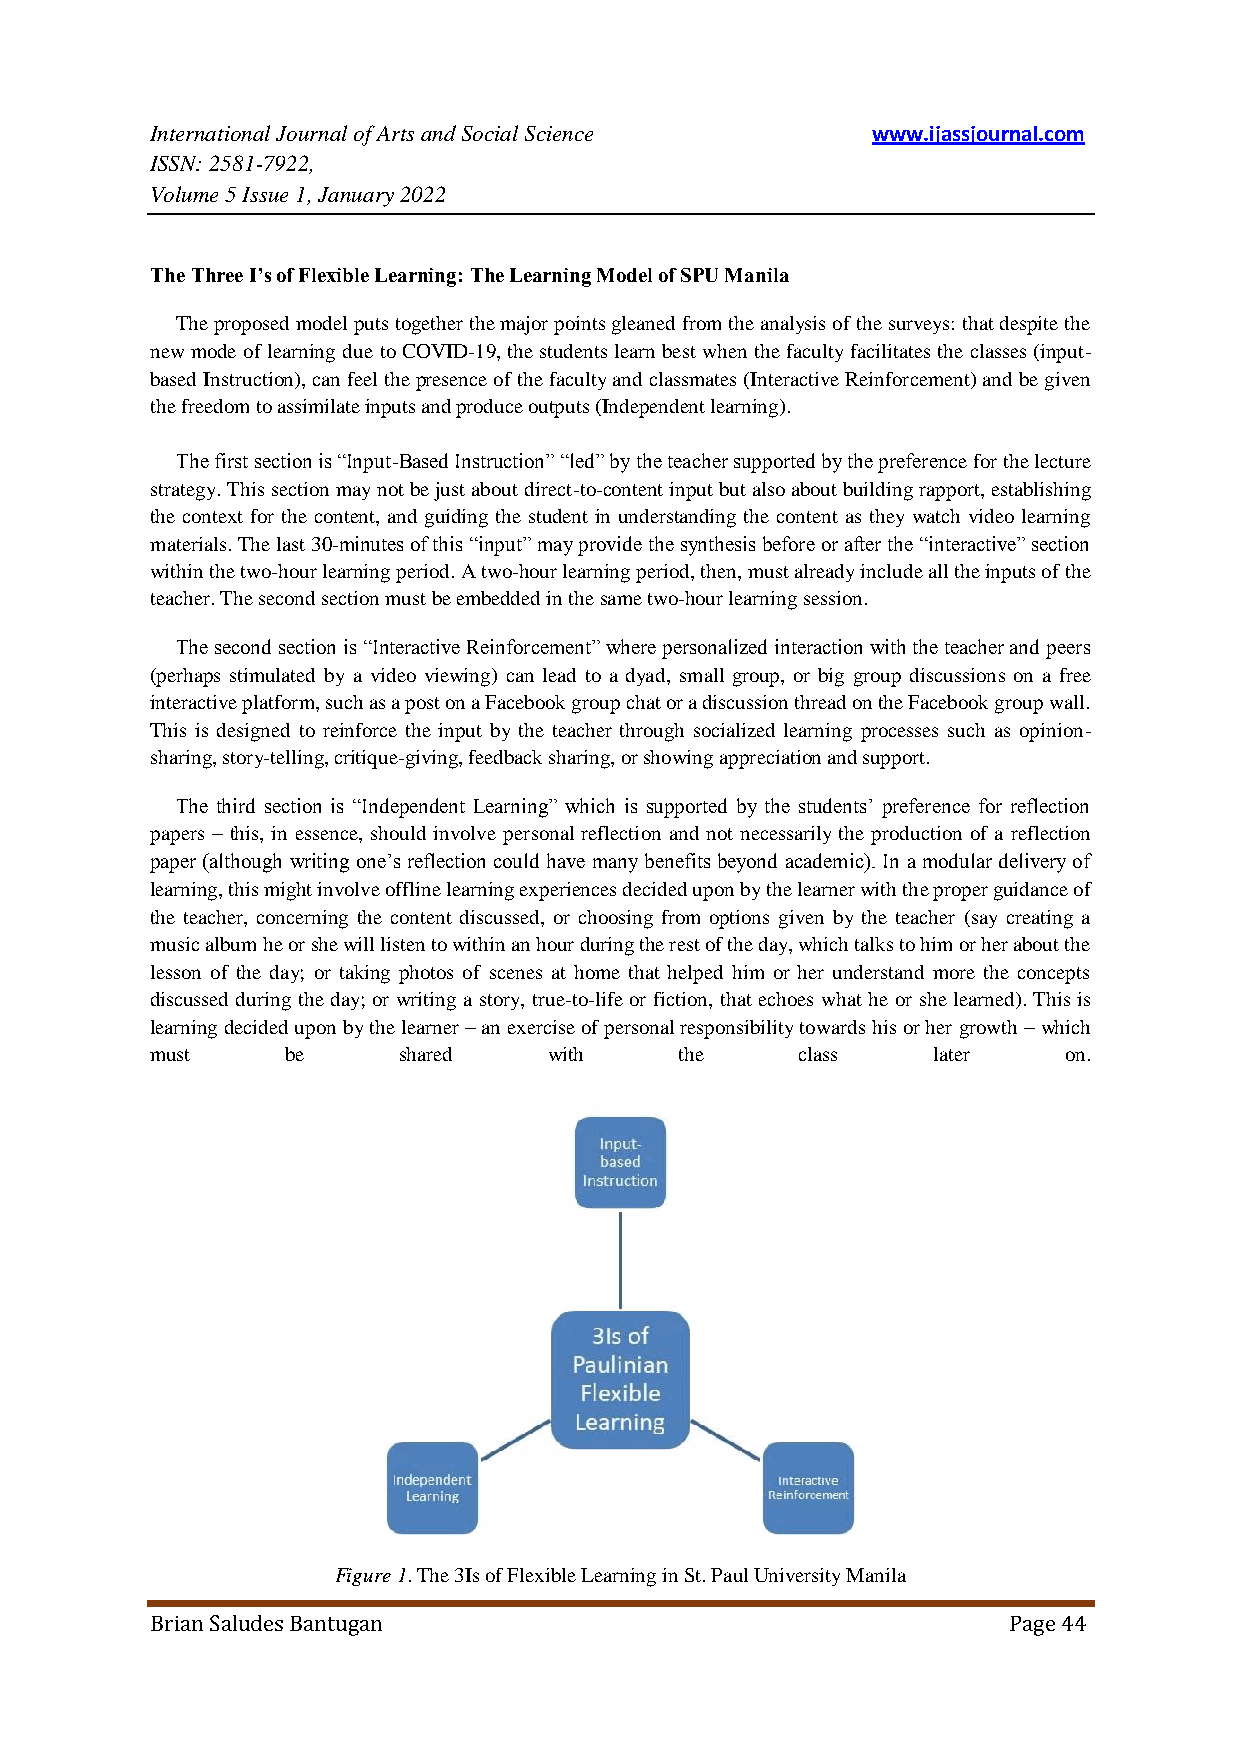
International Journal of Arts and Social Science www.ijassjournal.com
 ISSN: 2581-7922,
 Volume 5 Issue 1, January 2022
 The Three I’s of Flexible Learning: The Learning Model of SPU Manila
 The proposed model puts together the major points gleaned from the analysis of the surveys: that despite the
 new mode of learning due to COVID-19, the students learn best when the faculty facilitates the classes (input-
 based Instruction), can feel the presence of the faculty and classmates (Interactive Reinforcement) and be given
 the freedom to assimilate inputs and produce outputs (Independent learning).
 The first section is “Input-Based Instruction” “led” by the teacher supported by the preference for the lecture
 strategy. This section may not be just about direct-to-content input but also about building rapport, establishing
 the context for the content, and guiding the student in understanding the content as they watch video learning
 materials. The last 30-minutes of this “input” may provide the synthesis before or after the “interactive” section
 within the two-hour learning period. A two-hour learning period, then, must already include all the inputs of the
 teacher. The second section must be embedded in the same two-hour learning session.
 The second section is “Interactive Reinforcement” where personalized interaction with the teacher and peers
 (perhaps stimulated by a video viewing) can lead to a dyad, small group, or big group discussions on a free
 interactive platform, such as a post on a Facebook group chat or a discussion thread on the Facebook group wall.
 This is designed to reinforce the input by the teacher through socialized learning processes such as opinion-
 sharing, story-telling, critique-giving, feedback sharing, or showing appreciation and support.
 The third section is “Independent Learning” which is supported by the students‟ preference for reflection
 papers – this, in essence, should involve personal reflection and not necessarily the production of a reflection
 paper (although writing one‟s reflection could have many benefits beyond academic). In a modular delivery of
 learning, this might involve offline learning experiences decided upon by the learner with the proper guidance of
 the teacher, concerning the content discussed, or choosing from options given by the teacher (say creating a
 music album he or she will listen to within an hour during the rest of the day, which talks to him or her about the
 lesson of the day; or taking photos of scenes at home that helped him or her understand more the concepts
 discussed during the day; or writing a story, true-to-life or fiction, that echoes what he or she learned). This is
 learning decided upon by the learner – an exercise of personal responsibility towards his or her growth – which
 must     be     shared    with     the     class    later    on.
 Figure 1. The 3Is of Flexible Learning in St. Paul University Manila
 Brian Saludes Bantugan                                   Page 44